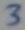
Text: 3